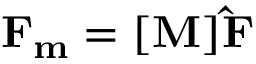
\mathbf { F _ { m } } = [ \mathbf { M } ] \mathbf { \hat { F } }